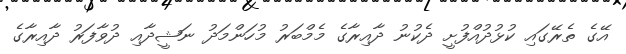
އޭގެ ތެރޭގައި ކުޅުދުއްފުށީ ދެކުނު ދާއިރާގެ މެމްބަރު މުހަންމަދު ނަޝީދާއި ދުވާފަރު ދާއިރާގެ